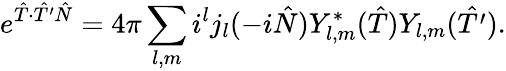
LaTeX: e^{\hat{T}\cdot\hat{T^{\prime}}\hat{N}}=4\pi\sum_{l,m}i^{l}j_{l}(-i\hat{N})Y_{l,m}^{\ast}(\hat{T})Y_{l,m}(\hat{T^{\prime}}).